King Institute of Preventive Medicine Micro-Biological Section reports 1912-19
Year: 1912
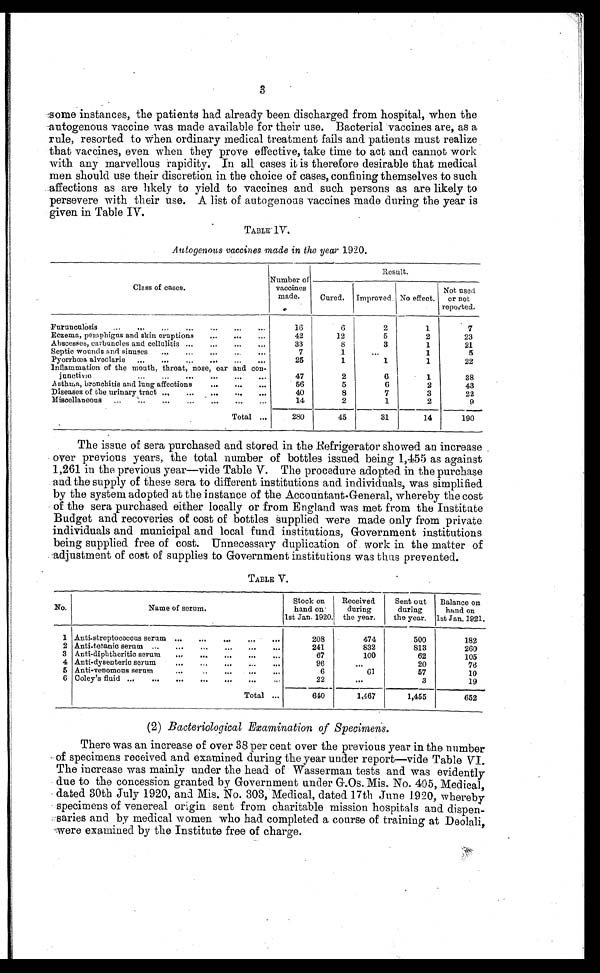
3
some instances, the patients had already been discharged from hospital, when the
autogenous vaccine was made available for their use. Bacterial vaccines are, as a
rule, resorted to When ordinary medical treatment fails and patients must realize
that vaccines, even when they prove effective, take time to act and cannot work
with any marvellous rapidity. In all cases it is therefore desirable that medical
men should use their discretion in the choice of cases, confining themselves to such
affections as are likely to yield to vaccines and such persons as are likely to
persevere with their use. A list of autogenous vaccines made during the year is
given in Table IV.
TABLE IV.
Autogenous vaccines made in the year 1920.
Class of cases.
Number of
vaccines
made.
Result.
Cured.
Improved. No effect.
Not
used
or not
reported.
Furunculosis . . .
16
6
2
1
7
Eczema, pemphigus and skin eruptions . . .
42
12
5
2
23
Abscesses, carbuncles and cellulitis . . .
33
8
3
1
21
Septic wounds and sinuses . . .
7
1
. . .
1
5
Pyorrhœa alveolaris . . .
25
1
1
1
22
Inflammation of the mouth, throat, nose, ear and con
-
j u n c t i v æ . . .
47
2
6
1
38
Asthma, bronchitis and lung affections . . .
56
5
6
2
43
Diseases of the urinary tract
. . .
40
8
7
3
22
Miscellaneous . . .
14
2
1
2
9
Total . . .
280
45
31
14
190
The issue of sera purchased and stored in the Refrigerator showed an increase
over previous years, the total number of bottles issued being 1,455 as against
1,261 in the previous year—vide Table V. The procedure adopted in the purchase
and the supply of these sera to different institutions and individuals, was simplified
by the system adopted at the instance of the Accountant-General, whereby the cost
of the sera purchased either locally or from England was met from the Institute
Budget and recoveries of cost of bottles supplied were made only from private
individuals and municipal and local fund institutions, Government institutions
being supplied free of cost. Unnecessary duplication of work in the matter of
adjustment of cost of supplies to Government institutions was thus prevented.
TABLE V.
No.
N a m e o f s e r u m .
Stock on
hand on
1st Jan. 1920.
Received
during
the year.
Sent out
during
the year.
Balance on
hand on
1st Jan. 1921.
1 Anti-streptococcus serum . . .
208
474
500
182
2 Anti-tetanic serum . . .
241
832
813
260
3 Anti-diphtheritic serum . . .
67
100
62
105
4 Anti-dysenteric serum . . .
96
. . .
20
76
5 Anti-venomous serum . . .
6
61
57
10
6 Coley's fluid . . .
22
. . .
3
1 9
Total . . .
640
1,467
1,455
652
(2) Bacteriological Examination of Specimens.
There was an increase of over 38 per cent over the previous year in the number
of specimens received and examined during the year under report—vide Table VI.
The increase was mainly under the head of Wasserman tests and was evidently
due to the concession granted by Government under G.Os.Mis. No. 405, Medical,
dated 30th July 1920, and Mis. No. 303, Medical, dated 17th June 1920, whereby
specimens of venereal origin sent from charitable mission hospitals and dispen
- s a r i e s a n d b y m e d i c a l w o m e n w h o h a d c o m p l e t e d a c o u r s e o f t r a i n i n g a t D e o l a l i ,
were examined by the Institute free of charge.